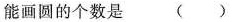
能画圆的个数是 ()